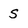
Character: S